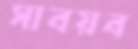
সাবয়ব